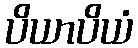
ပိယာပိယံ